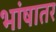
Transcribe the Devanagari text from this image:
भांषातर